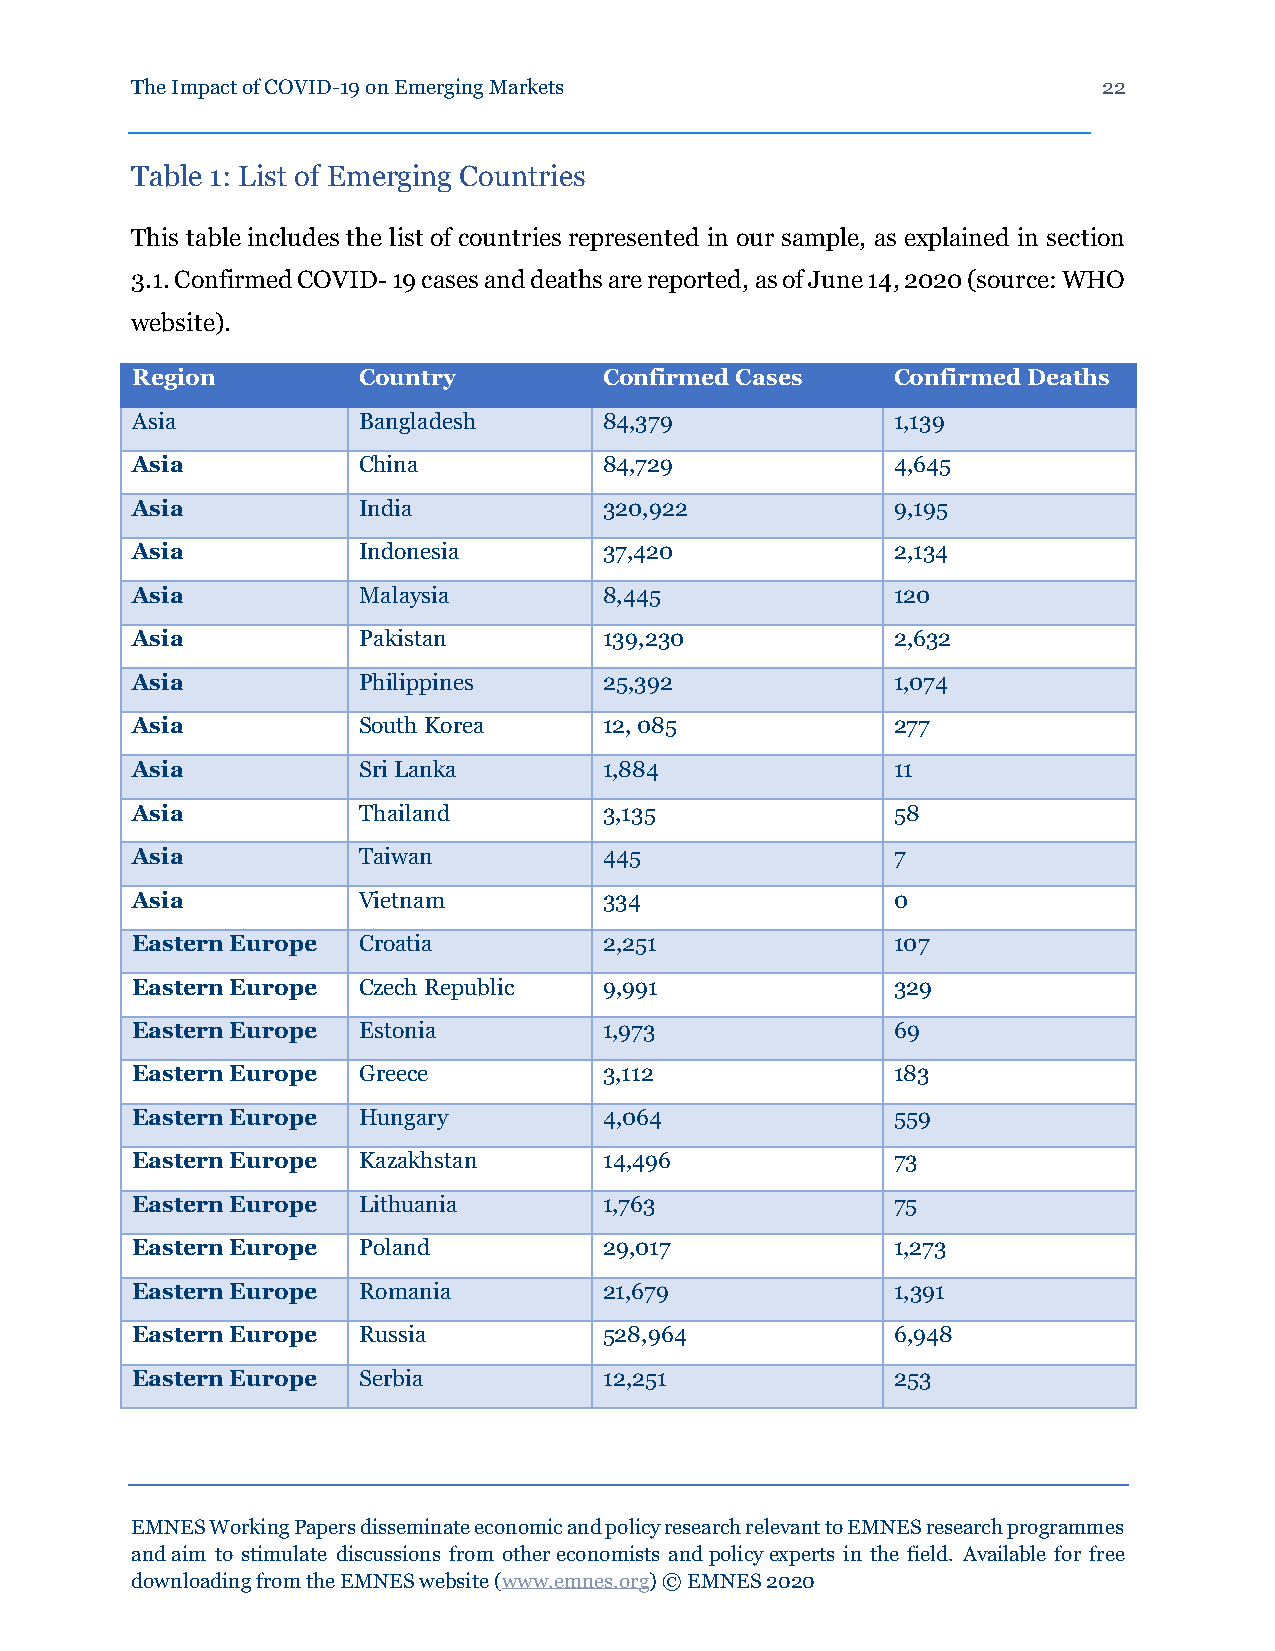
The Impact of COVID-19 on Emerging Markets                      22
 Table 1: List of Emerging Countries
 This table includes the list of countries represented in our sample, as explained in section
 3.1. Confirmed COVID- 19 cases and deaths are reported, as of June 14, 2020 (source: WHO
 website).
 Region         Country         Confirmed Cases    Confirmed Deaths
 Asia           Bangladesh      84,379             1,139
 Asia           China           84,729             4,645
 Asia           India           320,922            9,195
 Asia           Indonesia       37,420             2,134
 Asia           Malaysia        8,445              120
 Asia           Pakistan        139,230            2,632
 Asia           Philippines     25,392             1,074
 Asia           South Korea     12, 085            277
 Asia           Sri Lanka       1,884              11
 Asia           Thailand        3,135              58
 Asia           Taiwan          445                7
 Asia           Vietnam         334                0
 Eastern Europe Croatia         2,251              107
 Eastern Europe Czech Republic  9,991              329
 Eastern Europe Estonia         1,973              69
 Eastern Europe Greece          3,112              183
 Eastern Europe Hungary         4,064              559
 Eastern Europe Kazakhstan      14,496             73
 Eastern Europe Lithuania       1,763              75
 Eastern Europe Poland          29,017             1,273
 Eastern Europe Romania         21,679             1,391
 Eastern Europe Russia          528,964            6,948
 Eastern Europe Serbia          12,251             253
 EMNES Working Papers disseminate economic and policy research relevant to EMNES research programmes
 and aim to stimulate discussions from other economists and policy experts in the field. Available for free
 downloading from the EMNES website (www.emnes.org) © EMNES 2020